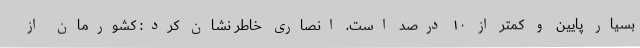
بسیار پایین و کمتر از ۱۰ درصد است. انصاری خاطر نشان کرد: کشورمان از